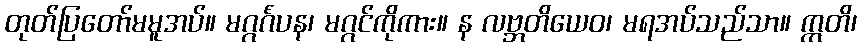
တုတ်ပြတော်မမူအပ်။ မဂ္ဂင်္ဂံပန၊ မဂ္ဂင်ကိုကား။ န လဗ္ဘတိယေဝ၊ မရအပ်သည်သာ။ ဣတိ၊